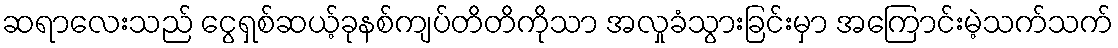
ဆရာလေးသည် ငွေရှစ်ဆယ့်ခုနစ်ကျပ်တိတိကိုသာ အလှုခံသွားခြင်းမှာ အကြောင်းမဲ့သက်သက်